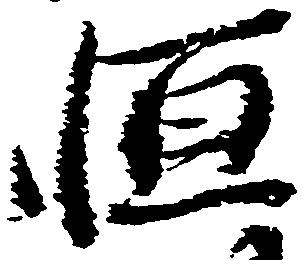
恒